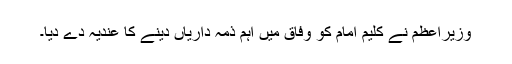
وزیراعظم نے کلیم امام کو وفاق میں اہم ذمہ داریاں دینے کا عندیہ دے دیا۔